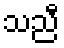
သညီ